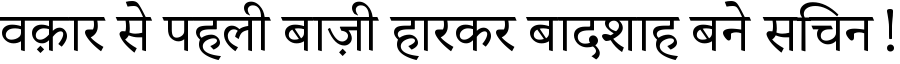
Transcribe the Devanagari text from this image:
वक़ार से पहली बाज़ी हारकर बादशाह बने सचिन!